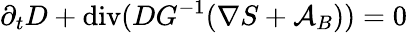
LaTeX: \partial_{t}D+\operatorname{div}(DG^{-1}(\nabla S+{\mathcal{A}}_{B}))=0